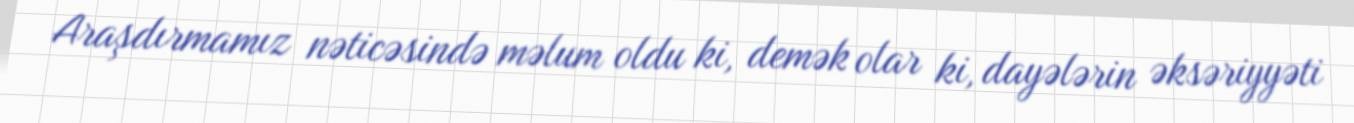
Araşdırmamız nəticəsində məlum oldu ki, demək olar ki, dayələrin əksəriyyəti